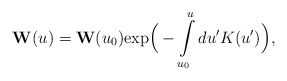
\begin{align*}{\bf W}(u) = {\bf W}(u_0) \mbox{exp}\Big(-\int\limits_{u_0}^u du' K(u')\Big),\end{align*}